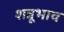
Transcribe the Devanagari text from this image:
शत्रूभाव